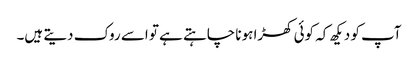
آپ کو دیکھ کہ کوئی کھڑا ہونا چاہتے ہے تو اسے روک دیتے ہیں۔